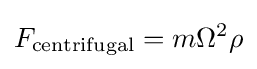
F_{\text{centrifugal}}=m\Omega ^{2}\rho